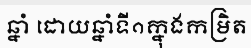
ឆ្នាំ ដោយឆ្នាំទី១ក្នុងកម្រិត